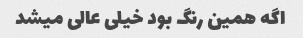
اگه همین رنگ بود خیلی عالی میشد